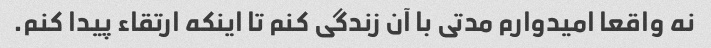
نه واقعا امیدوارم مدتی با آن زندگی کنم تا اینکه ارتقاء پیدا کنم.